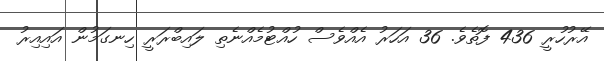
އޭރުހުރީ 436 ފޮތެވެ. 36 އަހަރު އެއްވެސް ހުއްޓުމެއްނެތި ލައިބްރަރީ ހިނގަމުން އައިއިރު